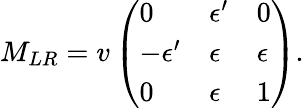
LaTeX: M_{LR}=v\left(\begin{array}{lll}{{0}}&{{\epsilon^{\prime}}}&{{0}}\\ {{-\epsilon^{\prime}}}&{{\epsilon}}&{{\epsilon}}\\ {{0}}&{{\epsilon}}&{{1}}\end{array}\right).